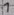
Text: 1